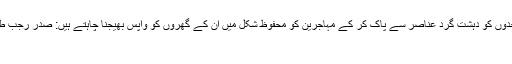
ہم اپنی سرحدوں کو دہشت گرد عناصر سے پاک کر کے مہاجرین کو محفوظ شکل میں ان کے گھروں کو واپس بھیجنا چاہتے ہیں: صدر رجب طیب ایردوان
ایردوان ۔